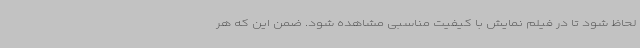
لحاظ شود تا در فیلم نمایش با کیفیت مناسبی مشاهده شود. ضمن این که هر